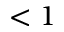
< 1